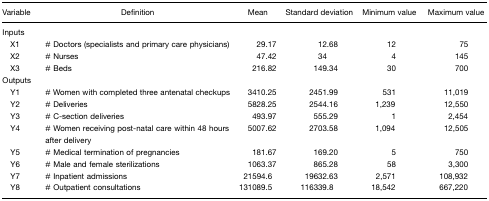
<table><thead><tr><td><b>Variable</b></td><td><b>Definition</b></td><td><b>Mean</b></td><td><b>Standard deviation</b></td><td><b>Minimum value</b></td><td><b>Maximum value</b></td></tr></thead><tbody><tr><td>Inputs</td><td></td><td></td><td></td><td></td><td></td></tr><tr><td>X1</td><td># Doctors (specialists and primary care physicians)</td><td>29.17</td><td>12.68</td><td>12</td><td>75</td></tr><tr><td>X2</td><td># Nurses</td><td>47.42</td><td>34</td><td>4</td><td>145</td></tr><tr><td>X3</td><td># Beds</td><td>216.82</td><td>149.34</td><td>30</td><td>700</td></tr><tr><td>Outputs</td><td></td><td></td><td></td><td></td><td></td></tr><tr><td>Y1</td><td># Women with completed three antenatal checkups</td><td>3410.25</td><td>2451.99</td><td>531</td><td>11,019</td></tr><tr><td>Y2</td><td># Deliveries</td><td>5828.25</td><td>2544.16</td><td>1,239</td><td>12,550</td></tr><tr><td>Y3</td><td># C-section deliveries</td><td>493.97</td><td>555.29</td><td>1</td><td>2,454</td></tr><tr><td>Y4</td><td># Women receiving post-natal care within 48 hours after delivery</td><td>5007.62</td><td>2703.58</td><td>1,094</td><td>12,505</td></tr><tr><td>Y5</td><td># Medical termination of pregnancies</td><td>181.67</td><td>169.20</td><td>5</td><td>750</td></tr><tr><td>Y6</td><td># Male and female sterilizations</td><td>1063.37</td><td>865.28</td><td>58</td><td>3,300</td></tr><tr><td>Y7</td><td># Inpatient admissions</td><td>21594.6</td><td>19632.63</td><td>2,571</td><td>108,932</td></tr><tr><td>Y8</td><td># Outpatient consultations</td><td>131089.5</td><td>116339.8</td><td>18,542</td><td>667,220</td></tr></tbody></table>